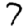
Digit: 7